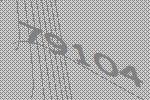
79104